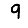
Digit: 9